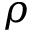
\rho